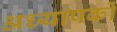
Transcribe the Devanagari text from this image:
अध्‍यापकों